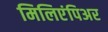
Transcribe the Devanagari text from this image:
मिलिएंपिअर